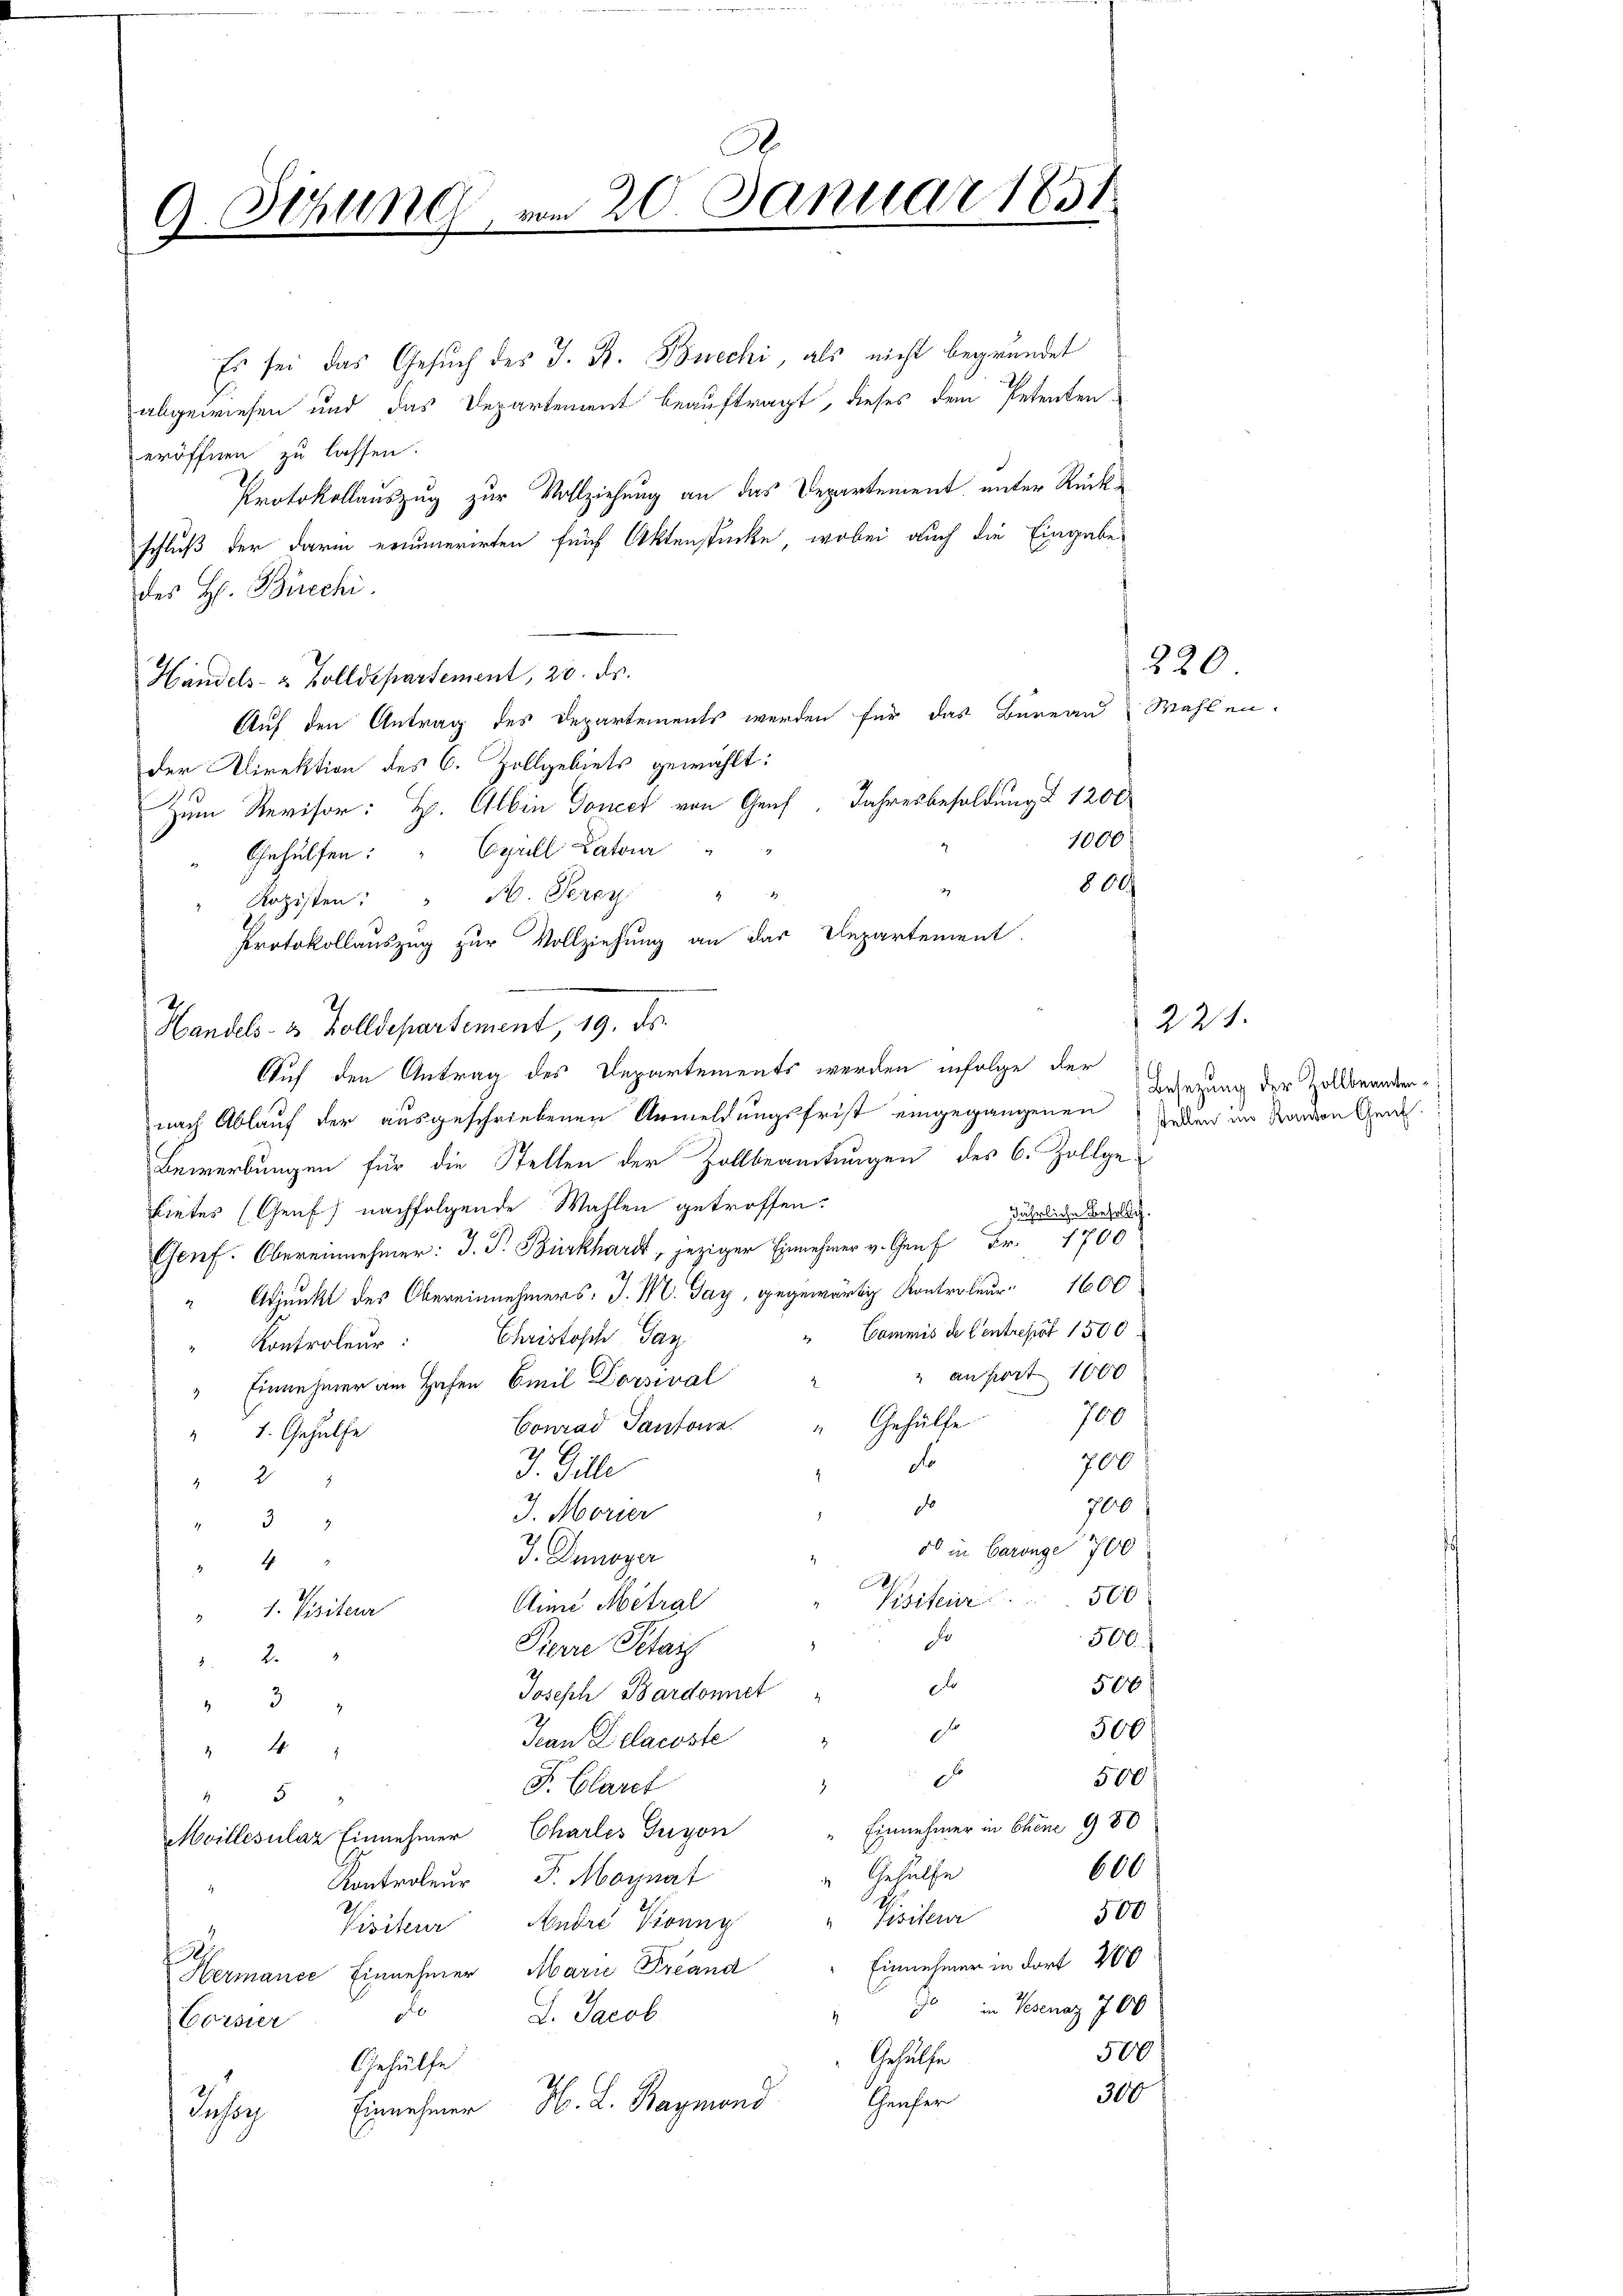
A.
9. Sitzung, am 20. Januar 1851

Es sei das Gesuch des J. R. Bncchi, als nicht begründet
abgewiesen und das Departement beauftragt, dieses dem Petenten-
eröffnen zu lassen.
Protokollauszug zur Vollziehung an das Departement unter Rückschluß der darin erinnerirten fünf Aktenstücke, wobei auch die Eingabe
des H. Biechi.
Handels- & Zolldepartement, 20. ds.
Auf den Antrag des Departements werden für das Büreau Wahlen.
der Direktion des C. Zollgebiets gewählt:
1
Zum Revisor: H. Albin Donect von Graf, Jahresbesoldung § 1200
1000
Gehülfen: " Cyrill Catoir
800
" Rozisten: " M. Perey " "
Protokollauszug zur Vollziehung an der Departement.
Handels- u Volldepartement, 19. ds.
Auf den Antrag des Departements werden infolge der
nach Ablauf der ausgeschriebenen Anmeldungsfrist eingegangenen jeden im Landen Gene¬
Bewerbungen für die Stellen der Zollbeamtungen des C. Zollge
bietes (Genf) nachfolgende Wahlen getroffen.
jährliche Besolug.
Genf. Obereinnehmer: J. P. Burkhard, jeziger Einnehmer v. Graf Fr. 1700
" Adjunkt des Obereinnehmers: J. M. Tag, gegenwärtig Kontroleur 1600
" Cammis de Centrepirt 1500
Kontroleur: Christoph Pay
2 an port 1000
" Einnehmer am Hafen Emil Dorswal
760
Conrad Santona. " Gehülfe
1. Gehülfe
2
700
do
J. Gilli
2
.
do
700
J. Morier
432
2
do in Baronge 700
J. Denoper
2
1
2
Visite 500
Ain Mitral
1. Visiteur
500
Fr
Pierre Petai

x
500
Joseph Bardonnet
3
506
.
Jean Delacoste
2
D
500
F. Claret
8
Einnehmer in Chene 980
Moillesular Einnehmer Charles Gugon
600
Gehülfe
Kontroleur P. Moynat
500
Pisiteur
Visiteur, Andre Ponny
x
Einnehmer in dort 200
Hermance Einnehmer Marie Freand
9 in Posenaz 700
o d. Jacob
Corsier
500
Gehülfe
Gehülfe
2
300
Thaufer
3v. L. Baymond
Einnehmer
Insor

220.

1 221.
Besetzung der Zollbeamten